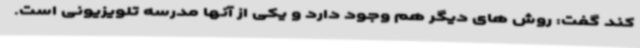
کند گفت: روش های دیگر هم وجود دارد و یکی از آنها مدرسه تلویزیونی است.